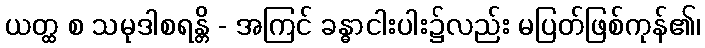
ယတ္ထ စ သမုဒါစရန္တိ - အကြင် ခန္ဓာငါးပါး၌လည်း မပြတ်ဖြစ်ကုန်၏၊